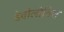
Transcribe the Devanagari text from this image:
डेवीलोविश